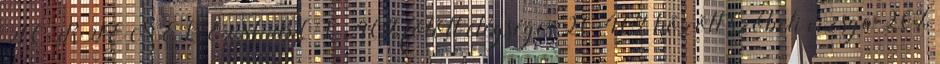
TÖRTÉNELEMBŐL. 40% fölött elégséges 20-40% között szóbeli vizsga 20%